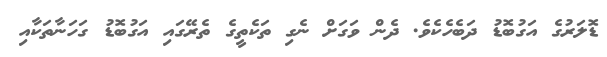
ޑޮލަރުގެ އަގުބޮޑު ދަބެހެކެވެ. ދެން ވަގަށް ނެގި ތަކެތީގެ ތެރޭގައި އަގުބޮޑު ގަހަނާތަކާއި